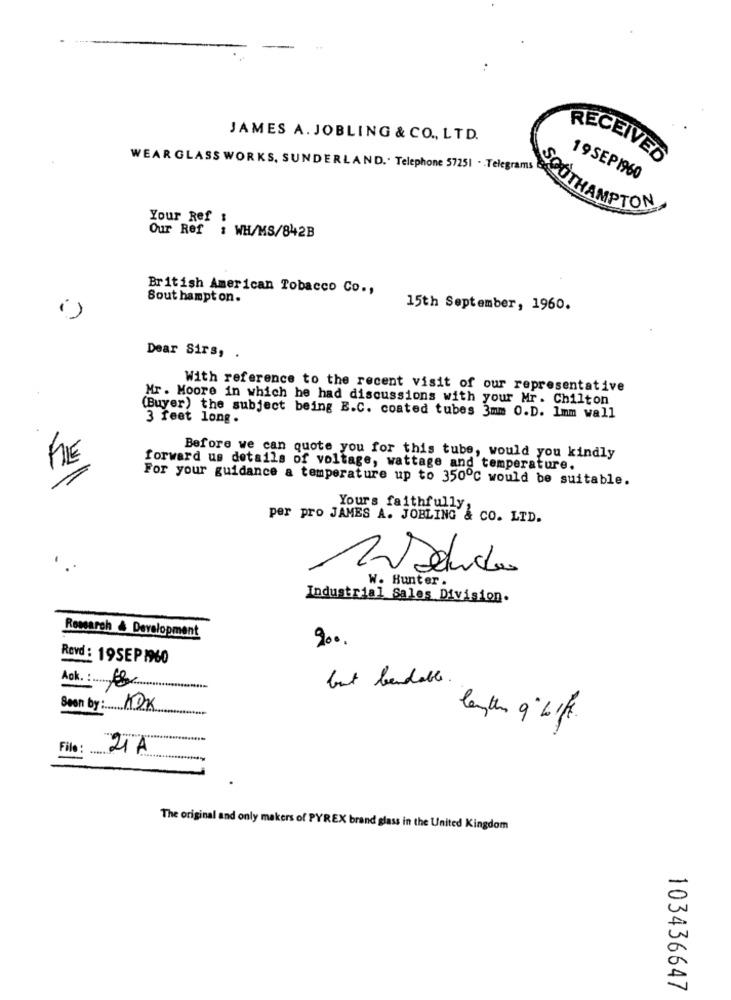
JAMES A. JOBLING & CO ., LTD.
RECEIVED
WEAR GLASS WORKS, SUNDERLAND .. Telephone 57251 . . Telegrams
19SEP1960
SOUTHAMPTON
Your Ref :
Our Ref : WH/MS/842B
British American Tobacco Co .,
Sout hampton.
15th September, 1960.
Dear Sirs, .
With reference to the recent visit of our representative
Mr. Moore in which he had discussions with your Mr. Chilton
(Buyer) the subject being E.C. coated tubes 3mm O.D. Imm wall
3 feet long.
FILE
Before we can quote you for this tube, would you kindly
forward us details of voltage, wattage and temperature.
For your guidance a temperature up to 350℃ would be suitable.
Yours faithfully;
per pro JAMES A. JOBLING & CO. LTD.
W. Hunter.
Industrial Sales Division.
Rowarch & Development
900.
Revd : 19SEP 1960
but bendable
Aok. : B
Seen by: KOK
0
File: .......
21A
The original and only makers of PYREX brand glass in the United Kingdom
103436647